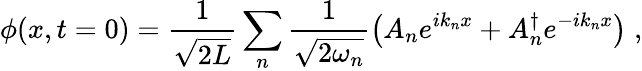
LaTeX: \phi(x,t=0)=\frac{1}{\sqrt{2L}}\sum_{n}\frac{1}{\sqrt{2\omega_{n}}}\left(A_{n}e^{ik_{n}x}+A_{n}^{\dagger}e^{-ik_{n}x}\right)\; ,